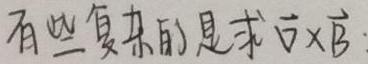
有些复杂的是求$\vec{v}\times\vec{B}$